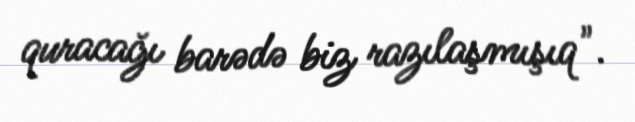
quracağı barədə biz razılaşmışıq".